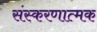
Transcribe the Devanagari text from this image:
संस्करणात्मक